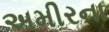
અમીરના